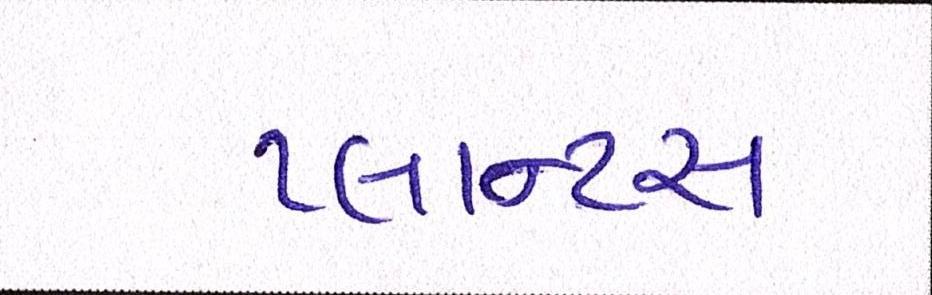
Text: પ્લાન્ટસ